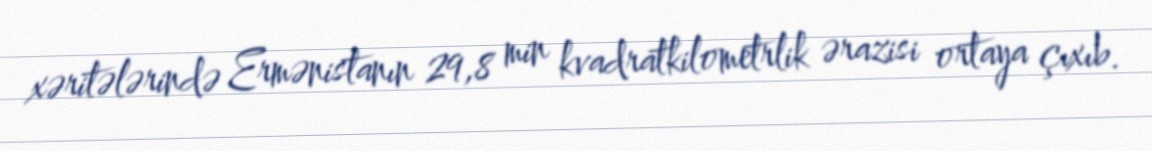
xəritələrində Ermənistanın 29,8 min kvadratkilometrlik ərazisi ortaya çıxıb.